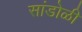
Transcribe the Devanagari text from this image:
सांडोळी